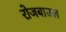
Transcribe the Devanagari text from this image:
रोजबाउल